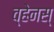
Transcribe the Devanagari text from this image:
व्हेनस्